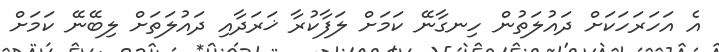
އެ އަހަރަހަކަށް ދައުލަތުން ހިނގާނޭ ކަމަށް ލަފާކުރާ ޚަރަދާއި ދައުލަތަށް ލިބޭނޭ ކަމަށް